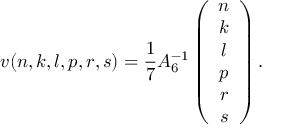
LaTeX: v ( n , k , l , p , r , s ) = \frac { 1 } { 7 } A _ { 6 } ^ { - 1 } \left( \begin{array} { c } { { n } } \\ { { k } } \\ { { l } } \\ { { p } } \\ { { r } } \\ { { s } } \end{array} \right) .